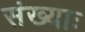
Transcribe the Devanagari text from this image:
संख्याः